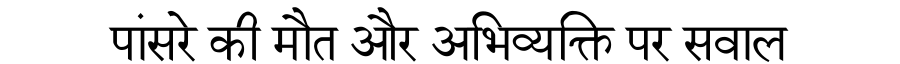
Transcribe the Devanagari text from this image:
पांसरे की मौत और अभिव्यक्ति पर सवाल